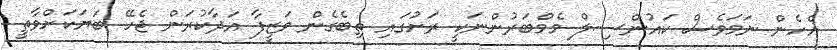
އެހެން ނަމަވެސް ކައުންސިލް މެމްބަރުންނަކީ ރަށުގައި ތިބެގެން ވަޒީފާ އަދާކުރަން ޖެހޭ ބަޔަކަށްވާތީ